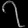
Digit: ၇